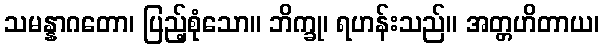
သမန္နာဂတော၊ ပြည့်စုံသော။ ဘိက္ခု၊ ရဟန်းသည်။ အတ္တဟိတာယ၊